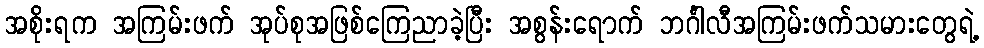
အစိုးရက အကြမ်းဖက် အုပ်စုအဖြစ်ကြေညာခဲ့ပြီး အစွန်းရောက် ဘင်္ဂါလီအကြမ်းဖက်သမားတွေရဲ့